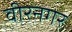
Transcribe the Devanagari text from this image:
वीरनगर